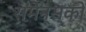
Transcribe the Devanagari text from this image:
रामेन्स्को